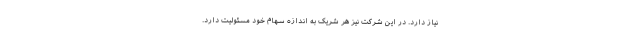
نیاز دارد. در این شرکت نیز هر شریک به اندازه سهام خود مسئولیت دارد.